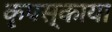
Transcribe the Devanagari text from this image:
कृपस्काया